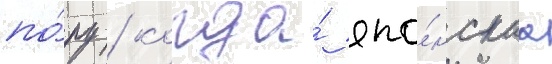
по́ру / когда́ япо́нскаа